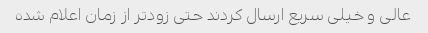
عالی و خیلی سریع ارسال کردند حتی زودتر از زمان اعلام شده